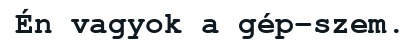
Én vagyok a gép-szem.